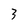
Character: 3